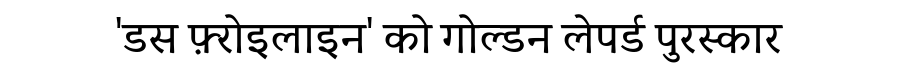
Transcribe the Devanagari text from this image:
'डस फ़्रोइलाइन' को गोल्डन लेपर्ड पुरस्कार